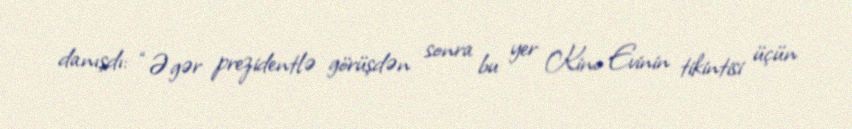
danışdı: “Əgər prezidentlə görüşdən sonra bu yer Kino Evinin tikintisi üçün